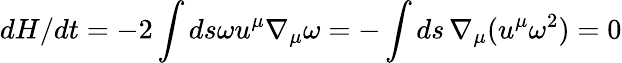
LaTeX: dH/dt=-2\int ds\omega u^{\mu}\nabla_{\mu}\omega=-\int ds\, \nabla_{\mu}(u^{\mu}\omega^{2})=0